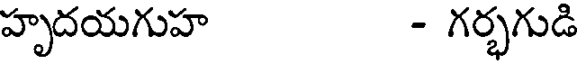
హృదయగుహ - గర్భగుడి